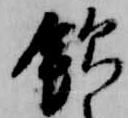
飲